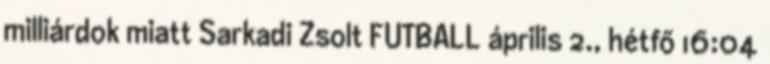
milliárdok miatt Sarkadi Zsolt FUTBALL április 2., hétfő 16:04